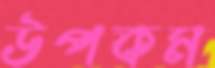
উপকম